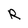
Character: R